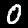
Digit: 0